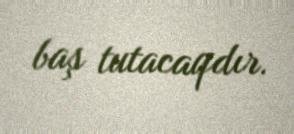
baş tutacaqdır.